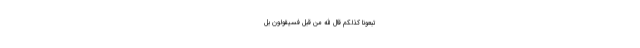
تَّبِعُونَا كَذَلِكُمْ قَالَ اللَّهُ مِنْ قَبْلُ فَسَيَقُولُونَ بَلْ